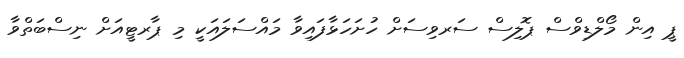
ޕީ އިން މޯލްޑިވްސް ޕޮލިސް ސަރވިސަށް ހުށަހަޅާފައިވާ މައްސަލައަކީ މި ޕާރޓީއަށް ނިސްބަތްވާ